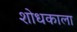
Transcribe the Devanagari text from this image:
शोधकाला